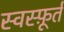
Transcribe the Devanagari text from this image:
स्वस्फ़ूर्त